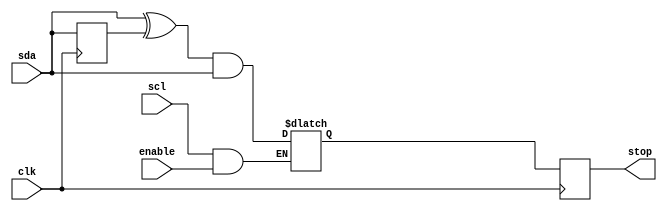
module stop_detector
  (
   input  scl,
   input  enable,
   input  sda,
   input  clk,
   output stop
   );
   
   reg 	  low_high_detect_out, low_high_detect_d, sda_ff;

   always @ (posedge clk)
     begin
	low_high_detect_out <= low_high_detect_d;
	sda_ff <= sda;
     end

   always @ (*)
     begin
	if(scl & enable)
	  begin
	     low_high_detect_d = (sda ^ sda_ff) & sda;
	  end
     end

   assign stop = low_high_detect_out;
   
endmodule